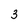
Character: 3